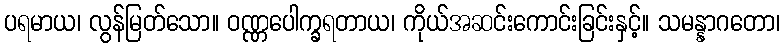
ပရမာယ၊ လွန်မြတ်သော။ ဝဏ္ဏပေါက္ခရတာယ၊ ကိုယ်အဆင်းကောင်းခြင်းနှင့်။ သမန္နာဂတော၊